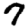
Digit: 7